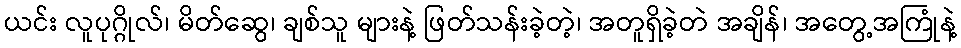
ယင်း လူပုဂ္ဂိုလ်၊ မိတ်ဆွေ၊ ချစ်သူ များနဲ့ ဖြတ်သန်းခဲ့တဲ့၊ အတူရှိခဲ့တဲ အချိန်၊ အတွေ့အကြုံနဲ့